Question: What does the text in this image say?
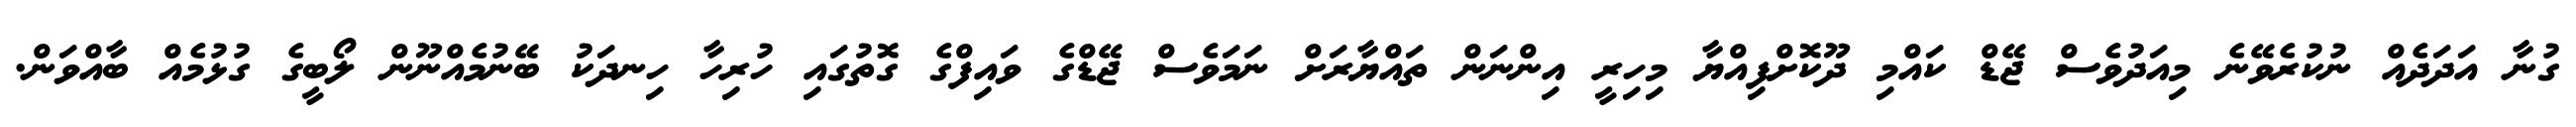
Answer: ގުނާ އަދަދެއް ނުކުރެވޭނެ މިއަދުވެސް ޖޭޑް ކައްމި ދޫކޮށްފިއްޔާ މިހިރީ އިންނަން ތައްޔާރަށް ނަމަވެސް ޖޭޑްގެ ވައިފްގެ ގޮތުގައި ހުރިހާ ހިނދަކު ބޭނުމެއްނޫން ލޯބީގެ ގުޅުމެއް ބާއްވަން.